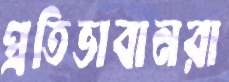
প্রতিভাবানরা